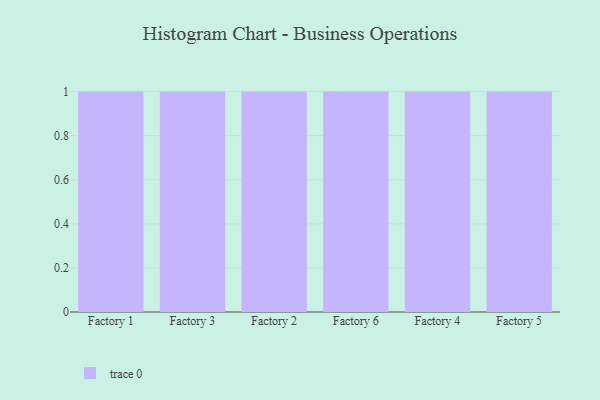
{"axis": {"x": "Factory", "y": "Operating Costs (USD K)"}, "legend": [""], "data": [{"x": "Factory 1", "y": 85, "type": ""}, {"x": "Factory 3", "y": 68, "type": ""}, {"x": "Factory 2", "y": 46, "type": ""}, {"x": "Factory 6", "y": 28, "type": ""}, {"x": "Factory 4", "y": 94, "type": ""}, {"x": "Factory 5", "y": 7, "type": ""}]}